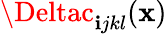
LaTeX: \Deltac_{\mathbf{i}jkl}({\mathbf{x}})